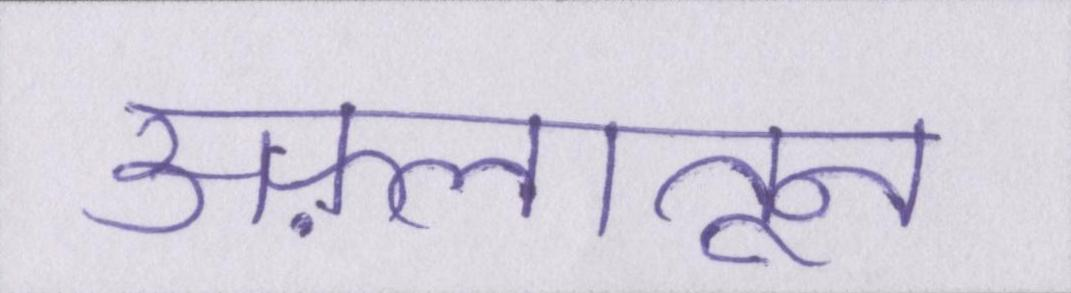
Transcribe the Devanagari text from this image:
अफ़लातून